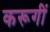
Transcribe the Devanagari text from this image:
करूगीं